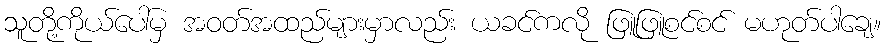
သူတို့ကိုယ်ပေါ်မှ အဝတ်အထည်များမှာလည်း ယခင်ကလို ဖြူဖြူစင်စင် မဟုတ်ပါချေ။